Report of the Indian Hemp Drugs Commission, 1894-1895 - Volume I
Year: 1894
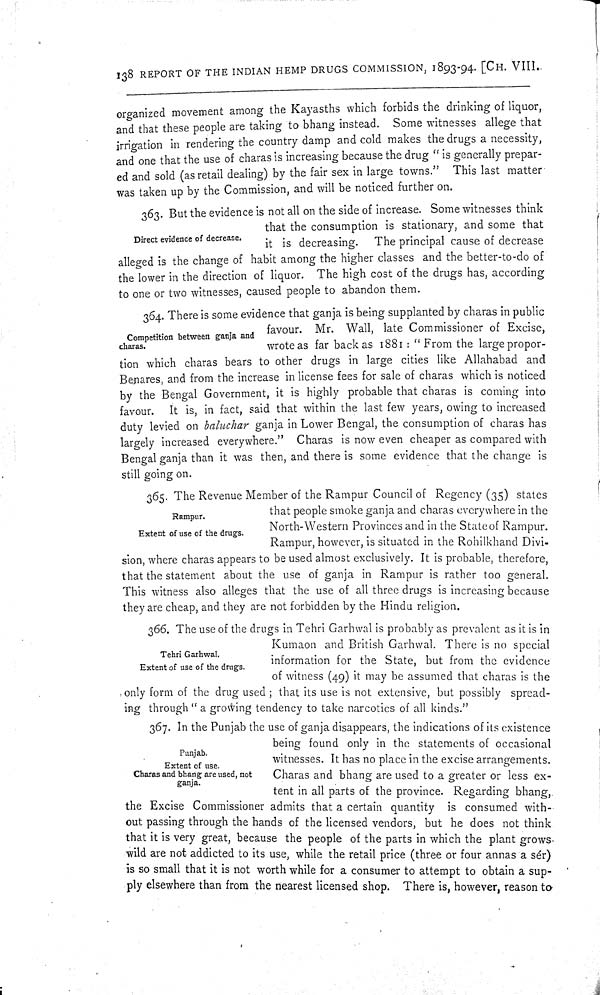
138 REPORT OF THE INDIAN HEMP DRUGS COMMISSION, 1893-94. [CH. VIII.
organized movement among the Kayasths which forbids the drinking of liquor,
and that these people are taking to bhang instead. Some witnesses allege that
irrigation in rendering the country damp and cold makes the drugs a necessity,
and one that the use of charas is increasing because the drug "is generally prepar-
ed and sold (as retail dealing) by the fair sex in large towns." This last matter
was taken up by the Commission, and will be noticed further on.
Direct evidence of decrease.
363. But the evidence is not all on the side of increase. Some witnesses think
that the consumption is stationary, and some that
it is decreasing. The principal cause of decrease
alleged is the change of habit among the higher classes and the better-to-do of
the lower in the direction of liquor. The high cost of the drugs has, according
to one or two witnesses, caused people to abandon them.
Competition between ganja and
charas.
364. There is some evidence that ganja is being supplanted by charas in public
favour. Mr. Wall, late Commissioner of Excise,
wrote as far back as 1881: "From the large propor-
tion which charas bears to other drugs in large cities like Allahabad and
Benares, and from the increase in license fees for sale of charas which is noticed
by the Bengal Government, it is highly probable that charas is coming into
favour. It is, in fact, said that within the last few years, owing to increased
duty levied on baluchar ganja in Lower Bengal, the consumption of charas has
largely increased everywhere." Charas is now even cheaper as compared with
Bengal ganja than it was then, and there is some evidence that the change is
still going on.
Rampur.
Extent of use of the drugs.
365. The Revenue Member of the Rampur Council of Regency (35) states
that people smoke ganja and charas everywhere in the
North-Western Provinces and in the State of Rampur.
Rampur, however, is situated in the Rohilkhand Divi-
sion, where charas appears to be used almost exclusively. It is probable, therefore,
that the statement about the use of ganja in Rampur is rather too general.
This witness also alleges that the use of all three drugs is increasing because
they are cheap, and they are not forbidden by the Hindu religion.
Tehri Garhwal.
Extent of use of the drugs.
366. The use of the drugs in Tehri Garhwal is probably as prevalent as it is in
Kumaon and British Garhwal. There is no special
information for the State, but from the evidence
of witness (49) it may be assumed that charas is the
only form of the drug used; that its use is not extensive, but possibly spread-
ing through " a growing tendency to take narcotics of all kinds."
Punjab.
Extent of use.
Charas and bhang are used, not
ganja.
367. In the Punjab the use of ganja disappears, the indications of its existence
being found only in the statements of occasional
witnesses. It has no place in the excise arrangements.
Charas and bhang are used to a greater or less ex-
tent in all parts of the province. Regarding bhang,
the Excise Commissioner admits that a certain quantity is consumed with-
out passing through the hands of the licensed vendors, but he does not think
that it is very great, because the people of the parts in which the plant grows
wild are not addicted to its use, while the retail price (three or four annas a sér)
is so small that it is not worth while for a consumer to attempt to obtain a sup-
ply elsewhere than from the nearest licensed shop. There is, however, reason to